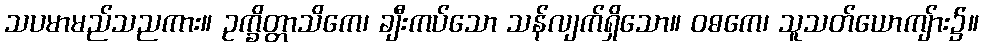
သပမာမည်သညကား။ ဥက္ခိတ္တာသိကေ၊ ချီးကပ်သော သန်လျက်ရှိသော။ ဝဓကေ၊ သူသတ်ယောကျ်ား၌။